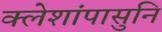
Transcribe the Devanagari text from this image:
क्लेशांपासुनि